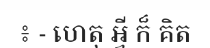
៖ - ហេតុ អ្វី ក៏ គិត